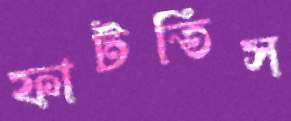
ফাটতিস